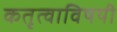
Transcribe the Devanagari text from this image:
कतृत्वाविषयी